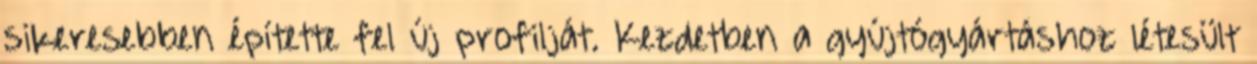
sikeresebben építette fel új profilját. Kezdetben a gyújtógyártáshoz létesült